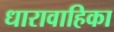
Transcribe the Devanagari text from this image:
धारावाहिका